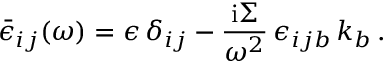
{ \bar { \epsilon } } _ { i j } ( \omega ) = \epsilon \, { \delta } _ { i j } - { \frac { { \mathrm { i } \Sigma } } { { \omega } ^ { 2 } } } \, \epsilon _ { i j b } \, k _ { b } \, .